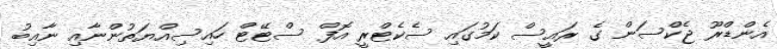
އެންޑްރޫ ޖެކްސަން ގެ ރައީސް ކަމުގައި ސެކެޓްރީ އޮފް ސްޓޭޓް ހައިސިއްޔަތުންނާއި ނާއިބު